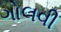
ગોલવી